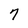
Character: 7